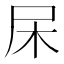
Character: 杘